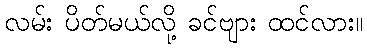
လမ်း ပိတ်မယ်လို့ ခင်ဗျား ထင်လား။